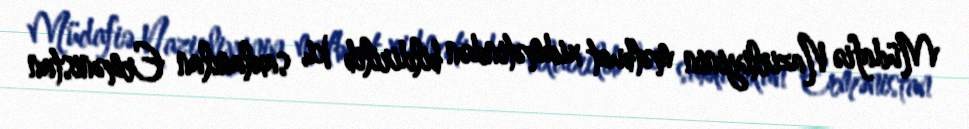
Müdafiə Nazirliyinin mətbuat xidmətindən bildirilib ki, saxlanılan Ermənistan